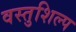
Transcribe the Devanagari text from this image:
वस्तुशिल्प